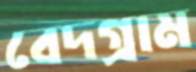
বেদগ্রাম